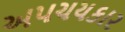
અપચયકાર